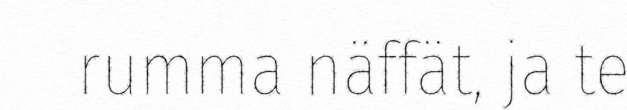
rumma näffät, ja te